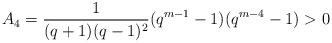
LaTeX: \begin{align*} A_{4}=\frac{1}{(q+1)(q-1)^2}(q^{m-1}-1) (q^{m-4}-1)>0\end{align*}